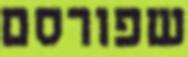
שפורסם